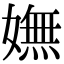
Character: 嫵